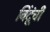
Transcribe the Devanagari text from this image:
बिंदूंची